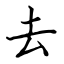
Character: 去